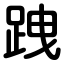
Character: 跩